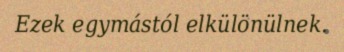
Ezek egymástól elkülönülnek.